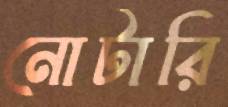
নোটারি